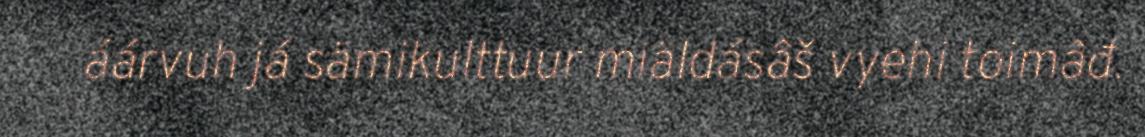
áárvuh já sämikulttuur miäldásâš vyehi toimâđ.